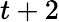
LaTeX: t+2